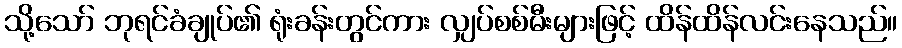
သို့သော် ဘုရင်ခံချုပ်၏ ရုံးခန်းတွင်ကား လျှပ်စစ်မီးများဖြင့် ထိန်ထိန်လင်းနေသည်။